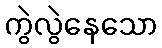
ကွဲလွဲနေသော